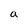
Character: a